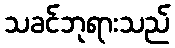
သခင်ဘုရားသည်